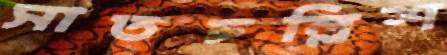
সাতচল্লিশ